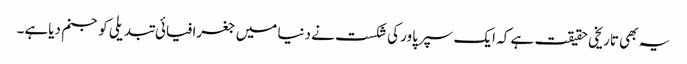
یہ بھی تاریخی حقیقت ہے کہ ایک سپرپاور کی شکست نے دنیا میں جغرافیائی تبدیلی کو جنم دیاہے۔